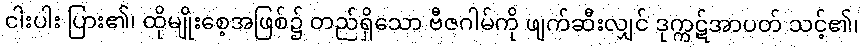
ငါးပါး ပြား၏၊ ထိုမျိုးစေ့အဖြစ်၌ တည်ရှိသော ဗီဇဂါမ်ကို ဖျက်ဆီးလျှင် ဒုက္ကဋ်အာပတ် သင့်၏၊